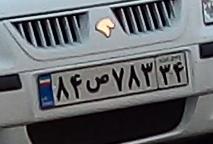
۸۴ص۷۸۳۳۴